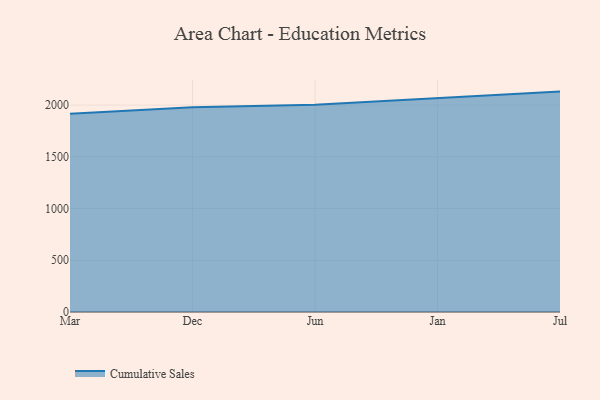
{"axis": {"x": "Month", "y": "Revenue (USD Million)"}, "legend": ["Cumulative Sales"], "data": [{"x": "Mar", "y": 1917.6, "type": "Cumulative Sales"}, {"x": "Dec", "y": 1979.6, "type": "Cumulative Sales"}, {"x": "Jun", "y": 2003.8, "type": "Cumulative Sales"}, {"x": "Jan", "y": 2070.6, "type": "Cumulative Sales"}, {"x": "Jul", "y": 2130.7, "type": "Cumulative Sales"}]}